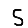
Digit: 5